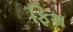
ફિશ